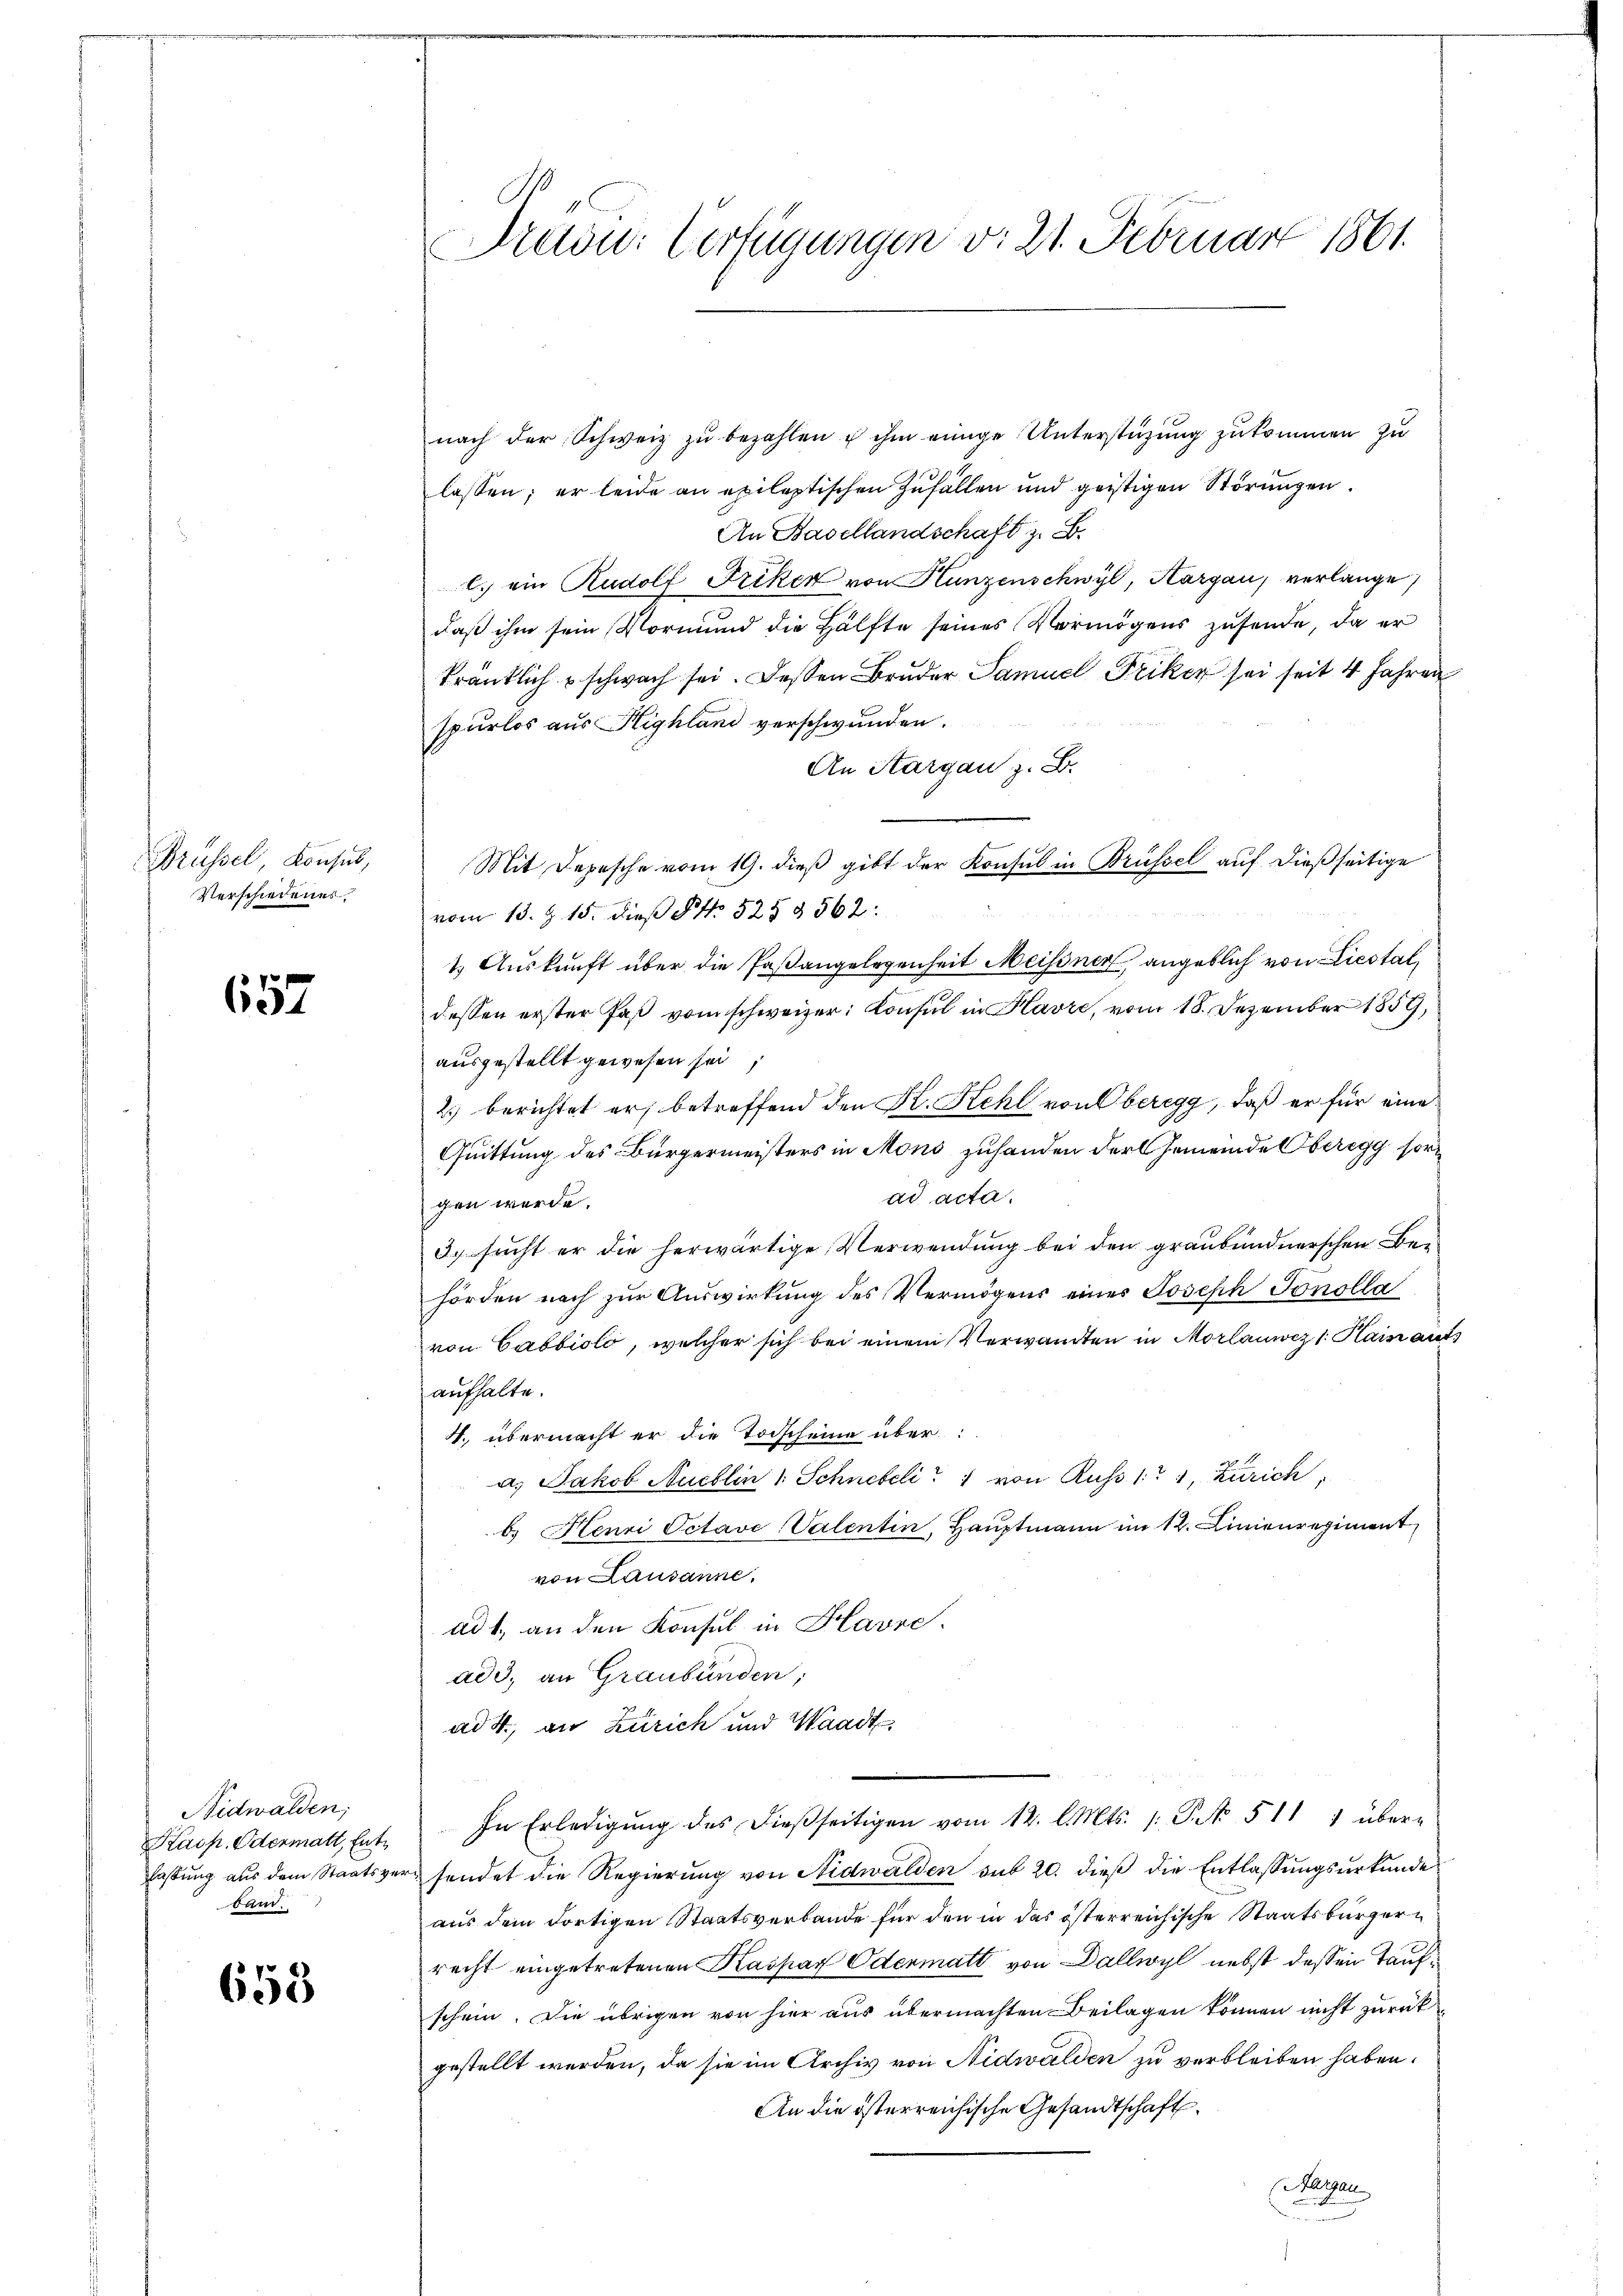
Brüssel, Konsus,
Verschiedenes

657

Nidwalden;
Kasp. Odermatt, Entlassung aus dem Staatszu
band.

653

Präsid.: Verfügungen v. 21. Februar 1861.

nach der Schweiz zu bezahlen & ihm einige Unterstüzung zukommen zu
lassen; er leide an epileptischen Zufällen und geistigen Störungen.
An Basellandschaft z. B.
C. ein Rudolf Friker von Hunzenschwyl, Hargau, verlange,
daß ihm sein Vormund die Hälfte seines Vermögens zusende, da er
tränklich schwach sei. Dessen Bruder Samuel Friker sei seit 4 Jahren
spurlos aus Highland verschwunden.
An Aargau, z. B.
Mit Depesche vom 19. dieß gibt der Konsul in Brüssel auf dießseitige
vom 13. Z. 15. dieß §. 525 § 562:
1.) Auskunft über die Paßangelegenheit Meissner, angeblich von Liestal
dessen erster Paß vom schweizer: Consul in Havre, vom 18. Dezember 1859,
ausgestellt gewesen sei
2.) berichtet er betreffend den K. Kehl von Oberegg, daß er für eine
Quittung des Bürgermeisters in Mons zuhanden der Gemeinde Oberegg sorad acta.
gen werde.
3. sucht er die herwärtige Verwendung bei den graubündnerschen Behörden nach zur Auswirkung des Vermögens eines Joseph Tonolla
von Cabbiolo, welcher sich bei einem Verwandten in Morlauwiz /: Hain ant
aufhalte.
4. übermacht er die Todscheine über
a. Jakob Nuchlin 1 Schneteli von Russ 151, Zürich
b. Henri Pctavi Valentin, Hauptmann im 12. Linienregiment
von Lausanne.
ad 1., an den Konsul in Havre.
ad 3, an Graubünden,
ad 4., an Zürich und Waadt
In Erledigŭng des dießseitigen vom 12. l. Mts. /: P. No. 511 1 übersendet die Regierung von Nidwalden sub 20. dieß die Entlassungsurkunde
aus dem dortigen Staatsverbande für den in das österreichische Staatsbürgern
recht eingetretenen Kaspar Odenmatt von Dallwyl nebst dessen Taufschein. Die übrigen von hier aus übermachten Beilagen können nicht zurück
gestellt werden, da sie im Archiv von Nidwalden zu verbleiben haben.
An die österreichische Gesandtschaft.

Margau
u